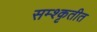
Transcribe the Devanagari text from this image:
सम्श्कृतीत